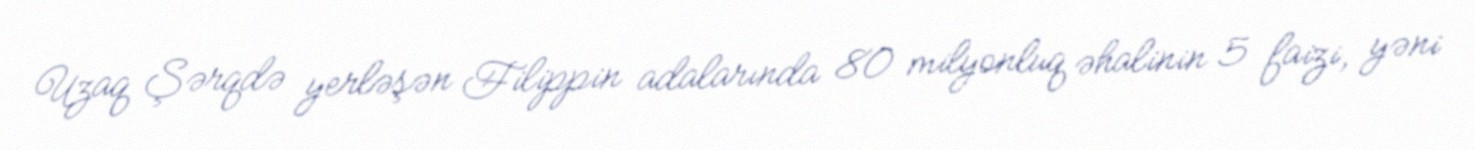
Uzaq Şərqdə yerləşən Filippin adalarında 80 milyonluq əhalinin 5 faizi, yəni